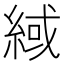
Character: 緎